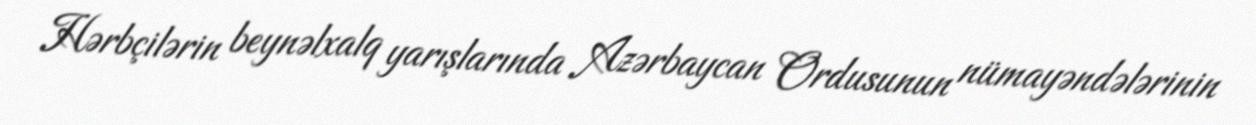
Hərbçilərin beynəlxalq yarışlarında Azərbaycan Ordusunun nümayəndələrinin